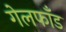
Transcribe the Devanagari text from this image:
गेलफॉँड